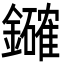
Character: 𮣞